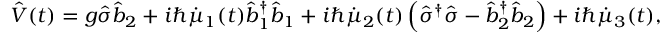
\hat { V } ( t ) = g \hat { \sigma } \hat { b } _ { 2 } + i \hslash \dot { \mu } _ { 1 } ( t ) \hat { b } _ { 1 } ^ { \dagger } \hat { b } _ { 1 } + i \hslash \dot { \mu } _ { 2 } ( t ) \left( \hat { \sigma } ^ { \dagger } \hat { \sigma } - \hat { b } _ { 2 } ^ { \dagger } \hat { b } _ { 2 } \right) + i \hslash \dot { \mu } _ { 3 } ( t ) ,